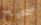
صحيح